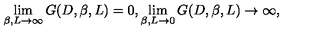
\lim _ { \beta , L \rightarrow \infty } G ( D , \beta , L ) = 0 , \lim _ { \beta , L \rightarrow 0 } G ( D , \beta , L ) \rightarrow \infty ,